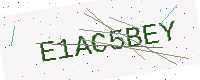
Text: E1AC5BEY